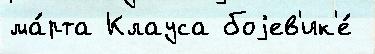
ма́рта Клауса боjев'ик'е́